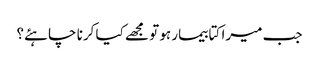
جب میرا کتا بیمار ہو تو مجھے کیا کرنا چاہئے؟